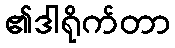
၏ဒါရိုက်တာ